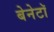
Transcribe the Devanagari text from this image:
बेनेटॉ